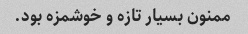
ممنون بسیار تازه و خوشمزه بود.